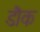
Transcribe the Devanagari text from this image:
डौक